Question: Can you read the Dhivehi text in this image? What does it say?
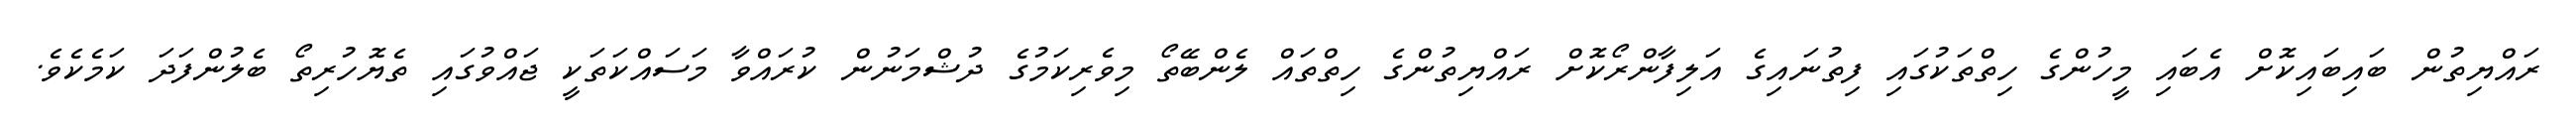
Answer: ރައްޔިތުން ބައިބައިކޮށް އެބައި މީހުންގެ ހިތްތަކުގައި ފިތުނައިގެ އަލިފާންރޯކޮށް ރައްޔިތުންގެ ހިތްތައް ލެންބޭތޯ މިވެރިކަމުގެ ދުޝްމަނުން ކުރައްވާ މަސައްކަތަކީ ޖައްވުގައި ތެޔޮހުރިތޯ ބެލުންފަދަ ކަމެކެވެ.